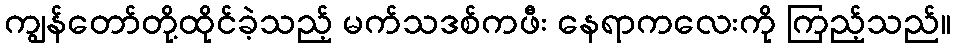
ကျွန်တော်တို့ထိုင်ခဲ့သည့် မက်သဒစ်ကဖီး နေရာကလေးကို ကြည့်သည်။